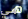
هي